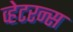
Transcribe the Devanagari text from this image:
व्हेटरन्स